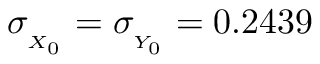
\sigma _ { _ { X _ { 0 } } } = \sigma _ { _ { Y _ { 0 } } } = 0 . 2 4 3 9